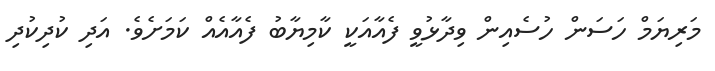
މަރިޔަމް ހަސަން ހުސެއިން ވިދާޅުވީ ފެއާއަކީ ކާމިޔާބު ފެއާއެއް ކަމަށެވެ. އަދި ކުދިކުދި